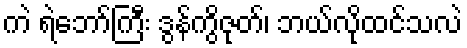
ကဲ ရဲဘော်ကြီး ဒွန်ကွိဇုတ်၊ ဘယ်လိုထင်သလဲ